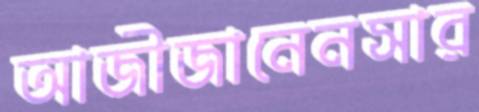
আজীজানেনসার